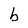
Character: b